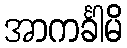
အာကင်္ခါမိ